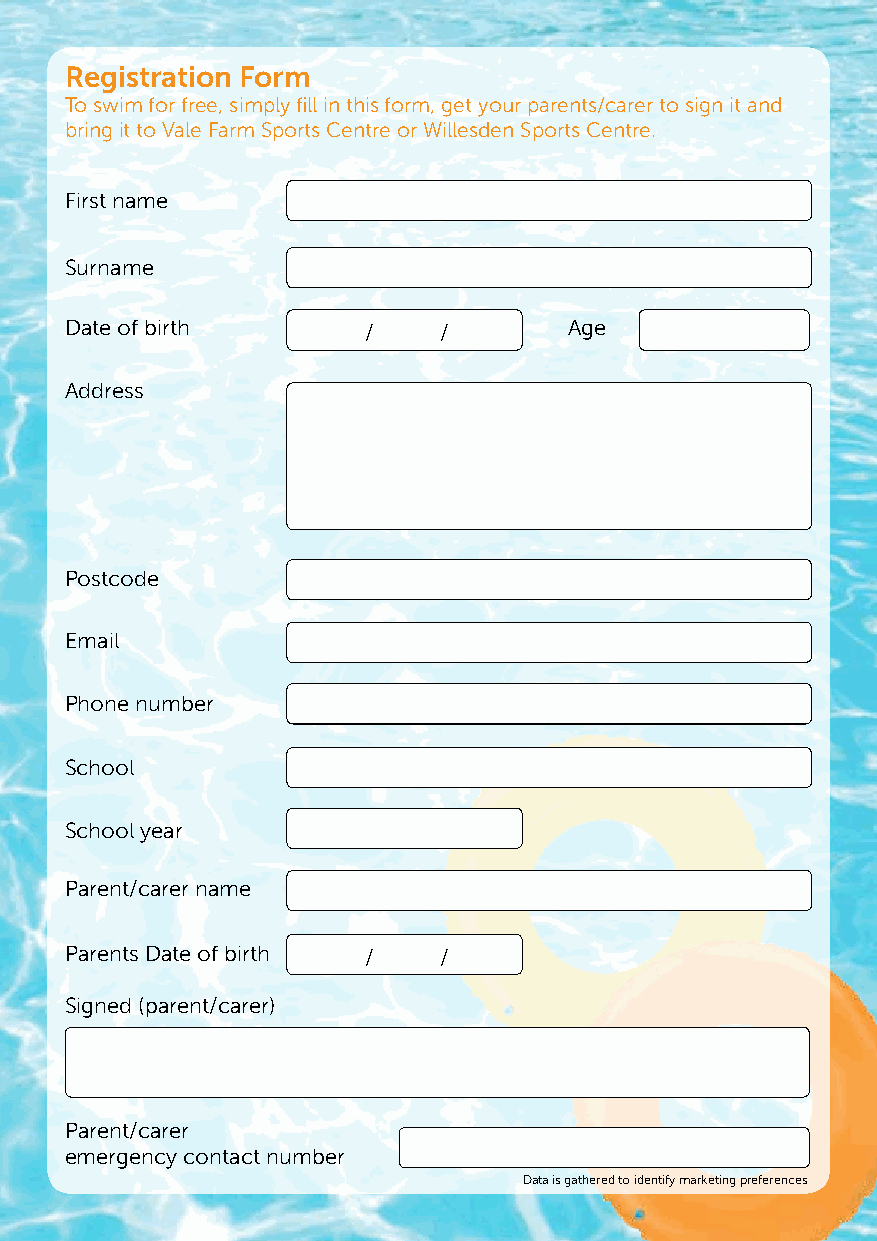
Registration Form
 To swim for free, simply fill in this form, get your parents/carer to sign it and
 bring it to Vale Farm Sports Centre or Willesden Sports Centre.
 First name
 Surname
 Date of birth       /    /        Age
 Address
 Postcode
 Email
 Phone number
 School
 School year
 Parent/carer name
 Parents Date of birth /  /
 Signed (parent/carer)
 Parent/carer
 emergency contact number
 Data is gathered to identify marketing preferences